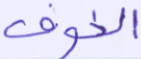
الخوف